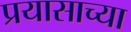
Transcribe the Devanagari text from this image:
प्रयासाच्या